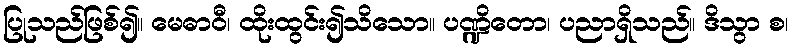
ပြုသည်ဖြစ်၍။ မေဓာဝီ၊ ထိုးထွင်း၍သိသော။ ပဏ္ဍိတော၊ ပညာရှိသည်။ ဒိသွာ စ၊